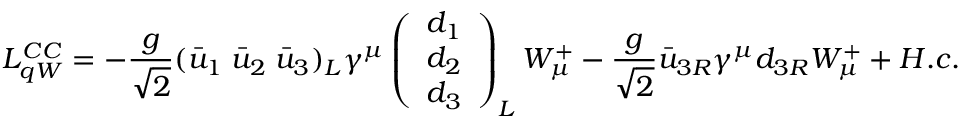
{ \cal L } _ { q W } ^ { C C } = - \frac { g } { \sqrt 2 } ( \bar { u } _ { 1 } \; \bar { u } _ { 2 } \; \bar { u } _ { 3 } ) _ { L } \gamma ^ { \mu } \left( \begin{array} { c } { { d _ { 1 } } } \\ { { d _ { 2 } } } \\ { { d _ { 3 } } } \end{array} \right) _ { L } W _ { \mu } ^ { + } - \frac { g } { \sqrt 2 } \bar { u } _ { 3 R } \gamma ^ { \mu } d _ { 3 R } W _ { \mu } ^ { + } + H . c .